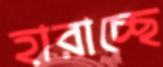
হারাচ্ছে